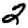
Digit: 2